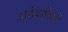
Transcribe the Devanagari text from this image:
अहंवादियों